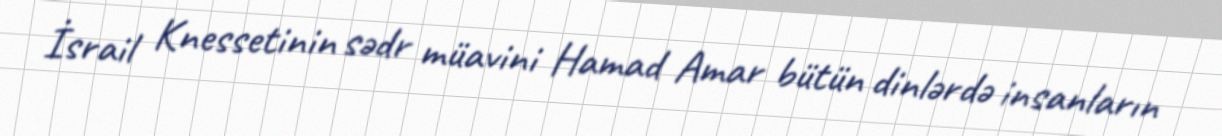
İsrail Knessetinin sədr müavini Hamad Amar bütün dinlərdə insanların